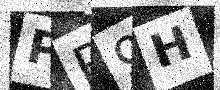
Text: PR9H